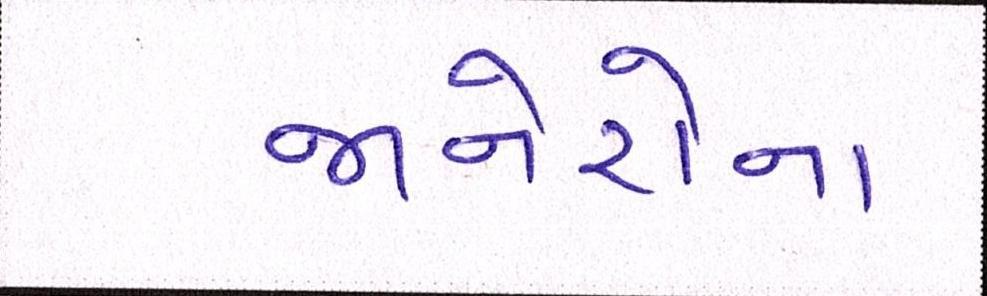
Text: જાનેરોના